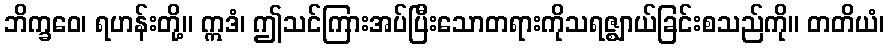
ဘိက္ခဝေ၊ ရဟန်းတို့။ ဣဒံ၊ ဤသင်ကြားအပ်ပြီးသောတရားကိုသရဇ္ဈာယ်ခြင်းစသည်ကို။ တတိယံ၊